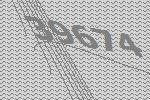
39674